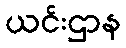
ယင်းဌာန